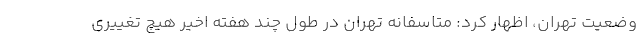
وضعیت تهران، اظهار کرد: متاسفانه تهران در طول چند هفته اخیر هیچ تغییری